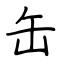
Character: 缶